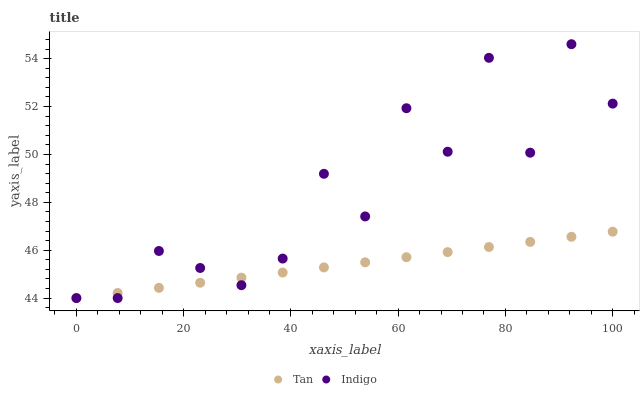
| xaxis_label | Tan | Indigo |
 | --- | --- | --- |
 | 0 | 44 | 44 |
 | 7.69 | 44.2 | 44 |
 | 15.4 | 44.4 | 46 |
 | 23.1 | 44.6 | 45.3 |
 | 30.8 | 44.9 | 44.5 |
 | 38.5 | 45.1 | 45.7 |
 | 46.2 | 45.3 | 49.2 |
 | 53.8 | 45.5 | 47.4 |
 | 61.5 | 45.7 | 51.9 |
 | 69.2 | 45.9 | 50.1 |
 | 76.9 | 46.1 | 54 |
 | 84.6 | 46.3 | 50.1 |
 | 92.3 | 46.6 | 54.6 |
 | 100 | 46.8 | 52.1 |